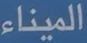
الميناء